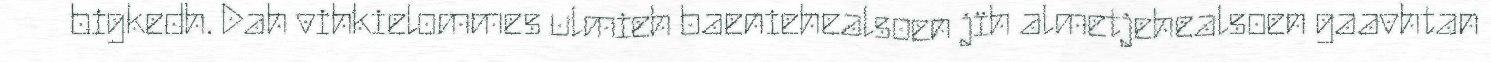
bigkedh. Dah vihkielommes ulmieh baeniehealsoen jïh almetjehealsoen gaavhtan